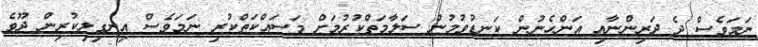
ނަމަވެސް ދެ ދަރިންނާއި އަންހެނުން ކަނޑުވުމުން ސަލާމަތްކުރުމަށް މަސައްކަތްކުރި ނަމަވެސް އިނގިލިކުރިން ދޫވެ